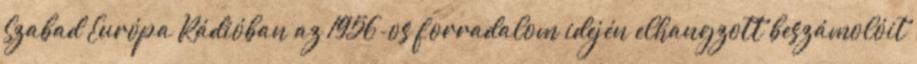
Szabad Európa Rádióban az 1956-os forradalom idején elhangzott beszámolóit